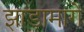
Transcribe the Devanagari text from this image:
झाडामागे